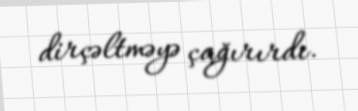
dirçəltməyə çağırırdı.